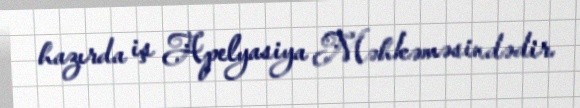
hazırda iş Apelyasiya Məhkəməsindədir.